Report on vaccination in Madras 1877-1894 - 1877-1894
Year: 1877
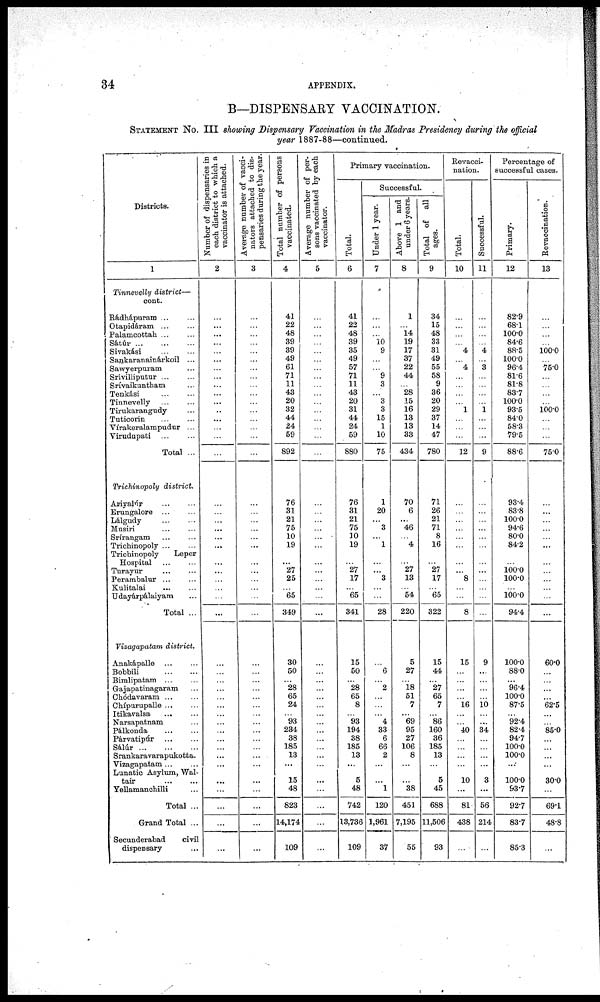
34
APPENDIX.
B—DISPENSARY VACCINATION.
STATEMENT No. III showing Dispensary Vaccination in the Madras Presidency during the official
year 1887-88—continued.
Districts.
1
Tinnevelly district—
cont.
Rádhápuram ... ...
Otapidáram ... ...
Palamcottah ... ...
Sátúr
...
...
...
Sivakási ... ...
Sankaranainárkoil ...
Sawyerpuram ...
Srívilliputur ... ...
Srívaikuntham ...
Tenkási
...
...
Tinnevelly
...
...
Tirukarangudy ...
Tuticorin
...
...
Vírakeralampudur ...
Virudnpati ... ...
Total ...
Trichinopoly district.
Aviyalúr
...
...
Erungalore ... ...
Lálgudy ... ...
Musiri ... ...
Srírangam
...
...
Trichinopoly ... ...
Trichinopoly
Leper
Hospital ... ...
Turayur
...
...
Perambalur
...
...
Kulitalai
...
...
Udayárpálaiyam ...
Total ...
Vizagwpatam district.
Anakápalle ... ...
Bobbili
...
...
Bimlipatam
...
...
Gajapatinagaram ...
Chódavaram ... ...
Chípurupalle ... ...
Itikavalsa ... ...
Narsapatnam ...
Pálkonda
...
...
Párvatipúr
...
...
Sálúr
...
...
...
Srankaravarapukotta.
Vizagapatam ...
Lunatic Asylum, Wal-
tair
...
...
Yellamanchilli ...
Total ...
Grand Total ...
Secunderabad
civil
dispensary
...
Number of dispensaries in
each district to which a
vaccinator is attached.
2
...
...
...
...
...
...
...
...
...
...
...
...
...
...
...
...
...
...
...
...
...
...
...
...
...
...
...
...
...
...
...
...
...
...
...
...
...
...
...
...
...
...
...
...
...
...
Average number of vacci-
nators attached to dis-
pensaries during the year.
3
...
...
...
...
...
...
...
...
...
...
...
...
...
...
...
...
...
...
...
...
...
...
...
...
...
...
...
...
...
...
...
...
...
...
...
...
...
...
...
...
...
...
...
...
...
...
Total number of persons
vaccinated.
4
41
22
48
39
39
49
61
71
11
43
20
32
44
24
59
892
76
31
21
75
10
19
...
27
25
...
65
349
30
50
...
28
65
24
...
93
234
38
185
13
...
15
48
823
14,174
109
Average number of per-
sons vaccinated by each
vaccinator.
5
...
...
...
...
...
...
...
...
...
...
...
...
...
...
...
...
...
...
...
...
...
...
...
...
...
...
...
...
...
...
...
...
...
...
...
...
...
...
...
...
...
...
...
...
...
...
Primary vaccination.
Total.
6
41
22
48
39
35
49
57
71
11
43
20
31
44
24
59
880
76
31
21
75
10
19
...
27
17
...
65
341
15
50
...
28
65
8
...
93
194
38
185
13
...
5
48
742
13,736
109
Successful.
Under 1 year.
7
...
...
...
10 9
...
...
9
3
...
3
3
15
1
10
75
1
20
...
3
...
1
...
...
3
...
...
28
...
6
...
2
...
...
...
4
33
6
66
2
...
...
1
120
1,961
37
Above 1 and
under 6 years.
8
1
...
14
19
17
37
22
44
...
28
15
16
13
13
33
434
70
6
...
46
...
4
...
27
13
...
54
220
5
27
...
18
51
7
...
69
95
27
106
8
...
...
38
451
7,195
55
Total of all
ages.
9
34
15
48
33
31
49
55
58
9
36
20
29
37
14
47
780
71
26
21
71
8
16
...
27
17
...
65
322
15
44
...
27
65
7
...
86
160
36
185
13
...
5
45
688
11,506
93
Revacci-
nation.
Total.
10
...
...
...
...
4
...
4
...
...
...
...
1
...
...
...
12
...
...
...
...
...
...
...
...
8
...
...
8
15
...
...
...
...
16
...
...
40
...
...
...
...
10
...
81
438
...
Successful.
11
...
...
...
...
4
...
3
...
...
...
...
1
...
...
...
9
...
...
...
...
...
...
...
...
...
...
...
...
9
...
...
...
...
10
...
...
34
...
...
...
...
3
...
56
214
...
Percentage of
successful cases.
Primary.
12
82.9
68.1
100.0
84.6
88.5
100.0
96.4
81.6
81.8
83.7
100.0
93.5
84.0
58.3
79.5
88.6
93.4
83.8
100.0
94.6
80.0
84.2
...
100.0 100.0
...
100.0
94.4
100.0
88.0
...
96.4
100.0
87.5
...
92.4
82.4
94.7
100.0
100.0
...
100.0
93.7
92.7
83.7
85.3
Revaccination.
13
...
...
...
...
100.0
...
75.0
...
...
...
...
100.0
...
...
...
75.0
...
...
...
...
...
...
...
...
...
...
...
...
60.0
...
...
...
...
62.5
...
...
85.0
...
...
...
...
30.0
...
69.1
48.8
...